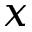
x